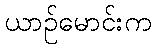
ယာဉ်မောင်းက